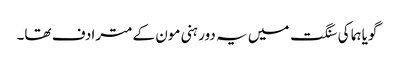
گویا ہما کی سنگت میں یہ دور ہنی مون کے مترادف تھا۔